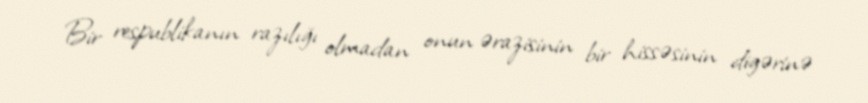
Bir respublikanın razılığı olmadan onun ərazisinin bir hissəsinin digərinə